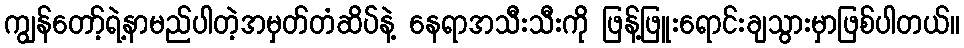
ကျွန်တော့်ရဲ့နာမည်ပါတဲ့အမှတ်တံဆိပ်နဲ့ နေရာအသီးသီးကို ဖြန့်ဖြူးရောင်းချသွားမှာဖြစ်ပါတယ်။